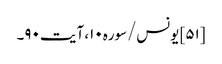
[۵۱] یونس/سوره۱۰، آیت ۹۰۔